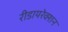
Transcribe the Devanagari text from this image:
रीडायरेक्शन